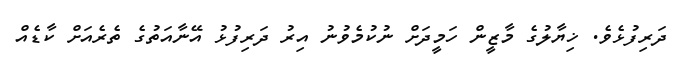
ދަރިފުޅެވެ. ޚިޔާލުގެ މާޒީން ހަމީދަށް ނުކުމެވުނު އިރު ދަރިފުޅު އޭނާއަތުގެ ތެރެއަށް ކާޑެއް